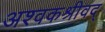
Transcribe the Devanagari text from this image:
अश्वकश्रीवद्‌